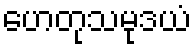
ဟေတုသမုဒယံ